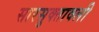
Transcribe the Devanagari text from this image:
सारसुक्तावली